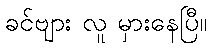
ခင်ဗျား လူ မှားနေပြီ။